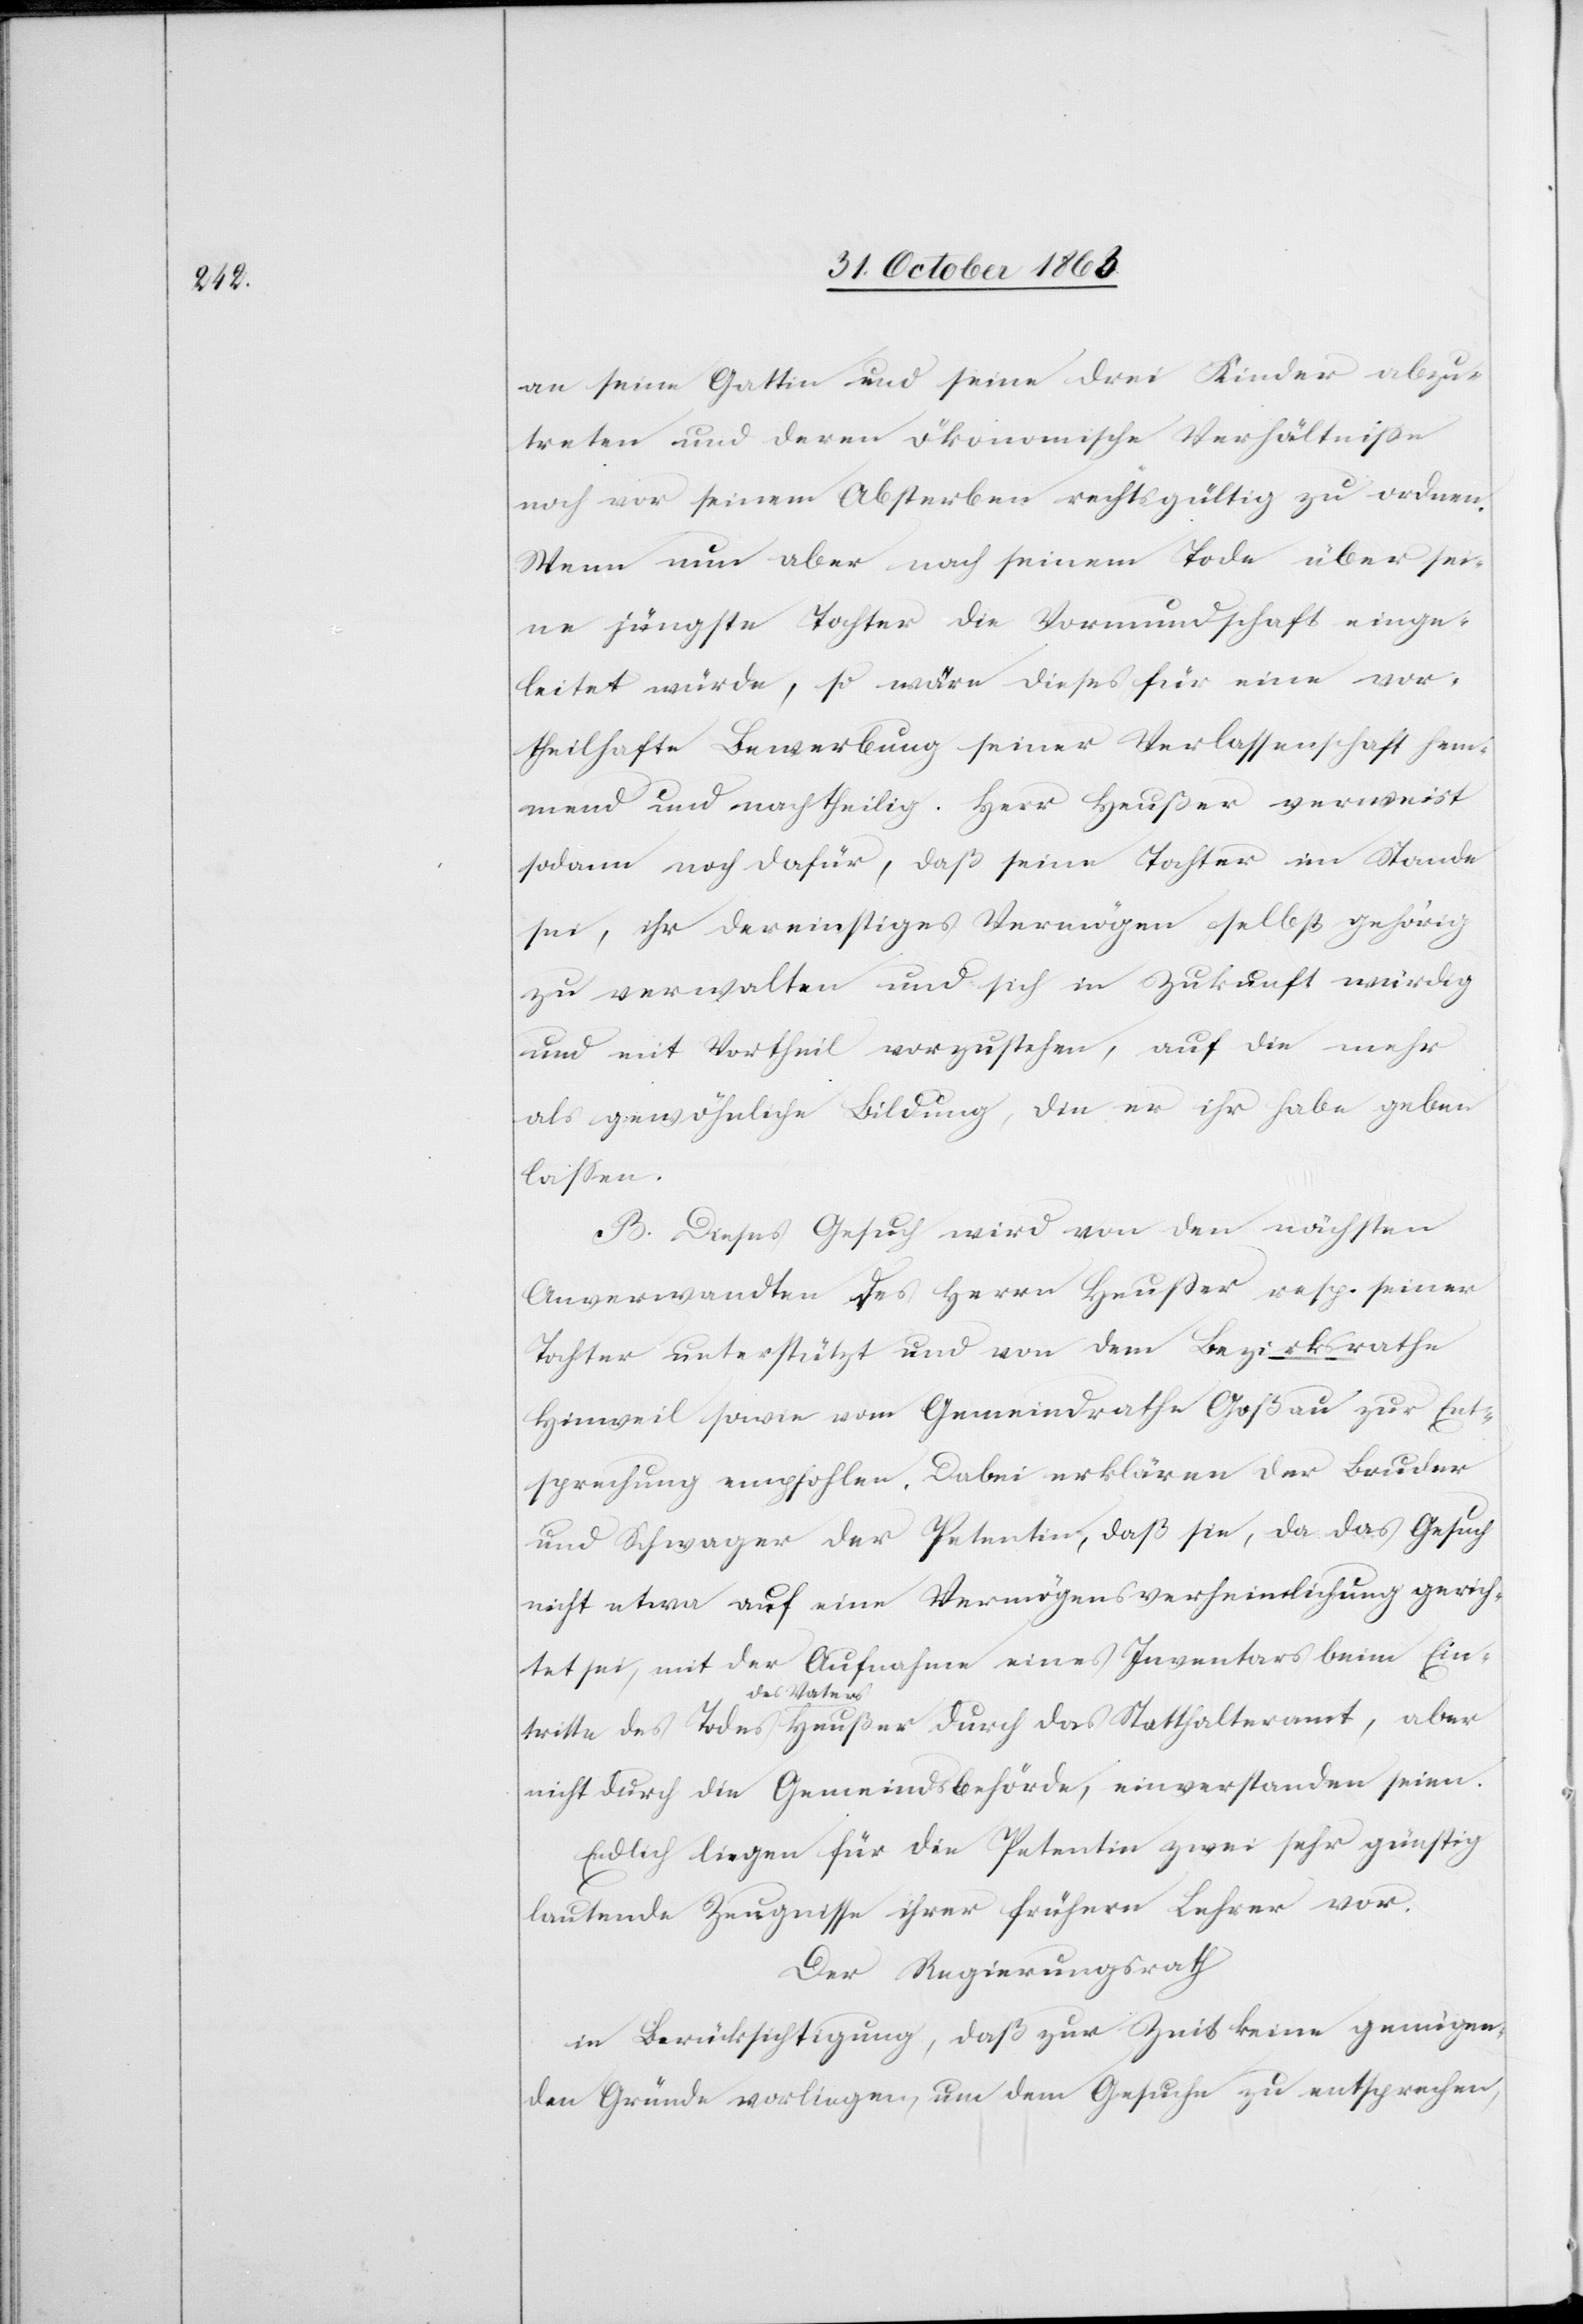
tritte

an seine Gattin und seine drei Kinder abzu¬
treten und deren ökonomische Verhältnisse
noch vor seinem Absterben rechtsgültig zu ordnen.
Wenn nun aber nach seinem Tode über sei¬
ne jüngste Tochter die Vormundschaft einge¬
leitet würde, so wäre dieses für eine vor¬
theilhafte Bewerbung seiner Verlassenschaft hem¬
mend und nachtheilig. Herr Heußer verweist
sodann noch dafür, daß seine Tochter im Stande
sei, ihr dereinstiges Vermögen selbst gehörig
zu verwalten und sich in Zukunft würdig
und mit Vortheil vorzustehen, auf die mehr
als gewöhnliche Bildung, die er ihr habe geben
lassen.
B. Dieses Gesuch wird von den nächsten
Anverwandten des Herrn Heußer resp. seiner
Tochter unterstützt und von dem Bezirksrathe
Hinweil sowie vom Gemeindrath Goßau zur Ent¬
sprechung empfohlen. Dabei erklären der Bruder
und Schwager der Petentin, daß sie, da das Gesuch
nicht etwa auf eine Vermögensverheimlichung gerich¬
tet sei, mit der Aufnahme eines Inventars beim Ein¬
a-des Vaters-a
nicht durch die Gemeindsbehörde, einverstanden seien.
Endlich liegen für die Petentin zwei sehr günstig
lautende Zeugnisse ihrer frühern Lehrer vor.
Der Regierungsrath
in Berücksichtigung, daß zur Zeit keine genügen¬
den Gründe vorliegen, um dem Gesuche zu entsprechen,